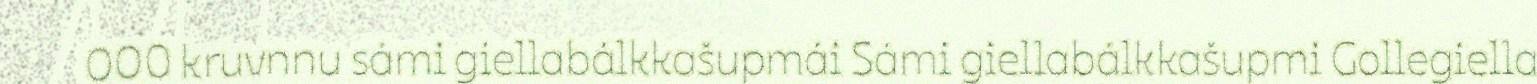
000 kruvnnu sámi giellabálkkašupmái Sámi giellabálkkašupmi Gollegiella